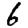
Digit: 6